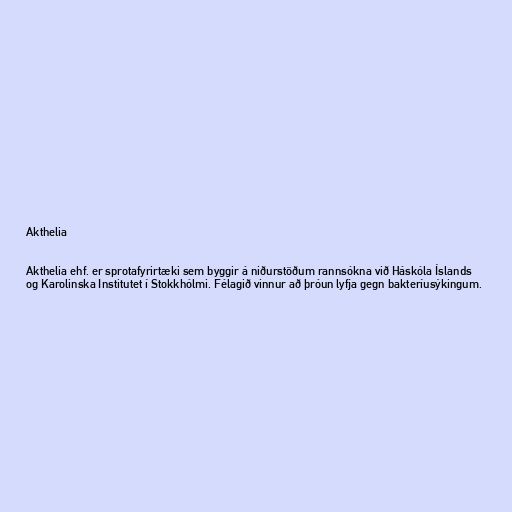
Akthelia

Akthelia ehf. er sprotafyrirtæki sem byggir á niðurstöðum rannsókna við Háskóla Íslands
og Karolinska Institutet í Stokkhólmi. Félagið vinnur að þróun lyfja gegn bakteríusýkingum.